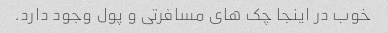
خوب در اینجا چک های مسافرتی و پول وجود دارد.